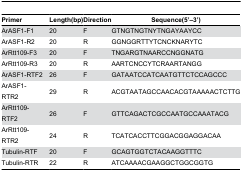
<table><thead><tr><td><b>Primer</b></td><td><b>Length(bp)</b></td><td><b>Direction</b></td><td><b>Sequence(5’–3’)</b></td></tr></thead><tbody><tr><td>ArASF1-F1</td><td>20</td><td>F</td><td>GTNGTNGTNYTNGAYAAYCC</td></tr><tr><td>ArASF1-R2</td><td>20</td><td>R</td><td>GGNGGRTTYTCNCKNARYTC</td></tr><tr><td>ArRtt109-F3</td><td>20</td><td>F</td><td>TNGARGTNAARCCNGGNATG</td></tr><tr><td>ArRtt109-R3</td><td>20</td><td>R</td><td>AARTCNCCYTCRAARTANGG</td></tr><tr><td>ArASF1-RTF2</td><td>26</td><td>F</td><td>GATAATCCATCAATGTTCTCCAGCCC</td></tr><tr><td>ArASF1-RTR2</td><td>29</td><td>R</td><td>ACGTAATAGCCAACACGTAAAAACTCTTG</td></tr><tr><td>ArRtt109-RTF2</td><td>26</td><td>F</td><td>GTTCAGACTCGCCAATGCCAAATACG</td></tr><tr><td>ArRtt109-RTR2</td><td>24</td><td>R</td><td>TCATCACCTTCGGACGGAGGACAA</td></tr><tr><td>Tubulin-RTF</td><td>20</td><td>F</td><td>GCAGTGGTCTACAAGGTTTC</td></tr><tr><td>Tubulin-RTR</td><td>22</td><td>R</td><td>ATCAAAACGAAGGCTGGCGGTG</td></tr></tbody></table>